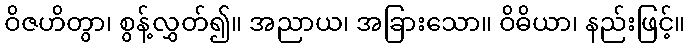
ဝိဇဟိတွာ၊ စွန့်လွှတ်၍။ အညာယ၊ အခြားသော။ ဝိဓိယာ၊ နည်းဖြင့်။